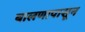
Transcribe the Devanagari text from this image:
बालणापासून